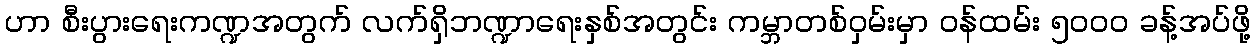
ဟာ စီးပွားရေးကဏ္ဍအတွက် လက်ရှိဘဏ္ဍာရေးနှစ်အတွင်း ကမ္ဘာတစ်ဝှမ်းမှာ ဝန်ထမ်း ၅၀၀၀ ခန့်အပ်ဖို့